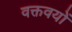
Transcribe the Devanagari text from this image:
वक्तवयों